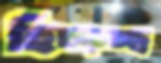
হিঁচ্‌ড়চ্ছ